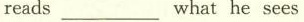
reads ___ what he sees